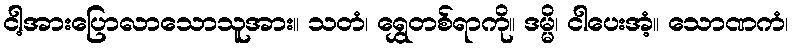
ငါ့အားပြောလာသောသူအား။ သတံ၊ ရွှေတစ်ရာကို။ ဒမ္မိ၊ ငါပေးအံ့။ သောဏကံ၊